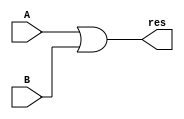
`timescale 1ns / 1ps
//////////////////////////////////////////////////////////////////////////////////
// Company: 
// Engineer: 
// 
// Design Name: 
// Module Name:    or32 
// Project Name: 
// Target Devices: 
// Tool versions: 
// Description: 
//
// Dependencies: 
//
// Revision: 
// Revision 0.01 - File Created
// Additional Comments: 
//
//////////////////////////////////////////////////////////////////////////////////
module or32(input [31:0] A,
				 input [31:0] B,
				 output [31:0] res
				 );
		
	assign res = A|B;

endmodule